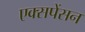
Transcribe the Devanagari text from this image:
एक्सपेंसन